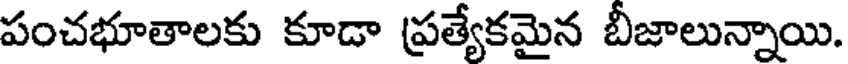
పంచభూతాలకు కూడా ప్రత్యేకమైన బీజాలున్నాయి.